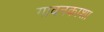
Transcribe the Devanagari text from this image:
गावनकाशा